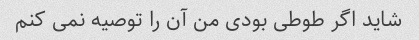
شاید اگر طوطی بودی من آن را توصیه نمی کنم